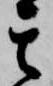
其